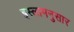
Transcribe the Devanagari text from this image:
इस्लामनुसार